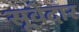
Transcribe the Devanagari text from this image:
सूवेदार